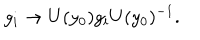
g _ { i } \rightarrow U ( y _ { 0 } ) g _ { i } U ( y _ { 0 } ) ^ { - 1 } .